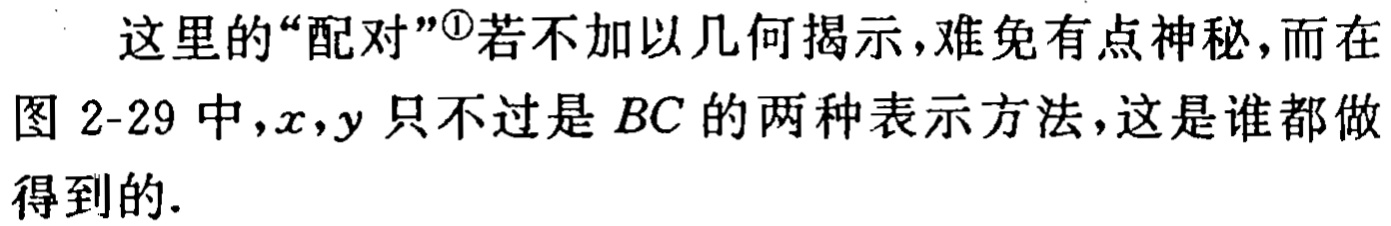
这里的“配对”\textsuperscript{\textcircled{1}}若不加以几何揭示，难免有点神秘，而在图 2-29 中，\(x,y\)只不过是 \(BC\) 的两种表示方法，这是谁都做得到的.